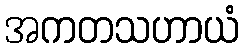
အကတသဟာယံ